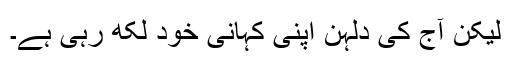
لیکن آج کی دلہن اپنی کہانی خود لکھ رہی ہے۔